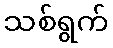
သစ်ရွက်